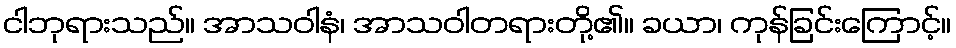
ငါဘုရားသည်။ အာသဝါနံ၊ အာသဝါတရားတို့၏။ ခယာ၊ ကုန်ခြင်းကြောင့်။